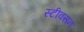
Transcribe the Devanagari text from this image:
स्टीवसन